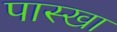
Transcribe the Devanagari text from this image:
पास्खा